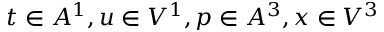
t \in A ^ { 1 } , u \in V ^ { 1 } , p \in A ^ { 3 } , x \in V ^ { 3 }